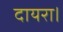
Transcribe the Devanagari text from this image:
दायरा।